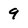
Character: 9